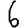
Digit: 6